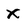
Character: X